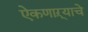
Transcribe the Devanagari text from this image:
ऐकणाऱ्याचे